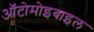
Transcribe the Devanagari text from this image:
ऑटोमोइबाइल